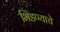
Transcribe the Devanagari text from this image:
भिडण्याचे